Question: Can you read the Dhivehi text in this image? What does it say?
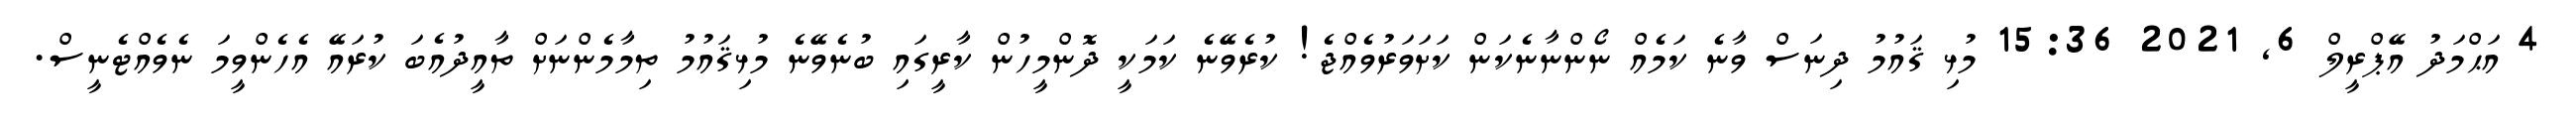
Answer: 4 އަޙްމަދު އޭޕްރީލް 6, 2021 15:36 މުޅި ޤައުމު ދިނަސް ވާނެ ކަމެއް ނޯންނާނެކަން ކަށަވަރުވެއްޖެ! ކުރެވޭނެ ކަމަކީ ދޮންމީހުން ކާރީގައި ބުނެވޭނެ މުޅިޤައުމު ތިމާމެންނަށް ތާއީދުއެބަ ކުރައޭ އެހެންވީމަ ނެވެއްޓެނީސް.